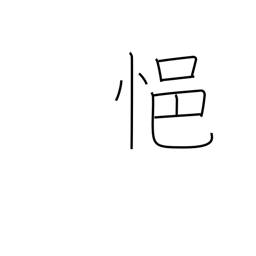
Meaning: be depressed